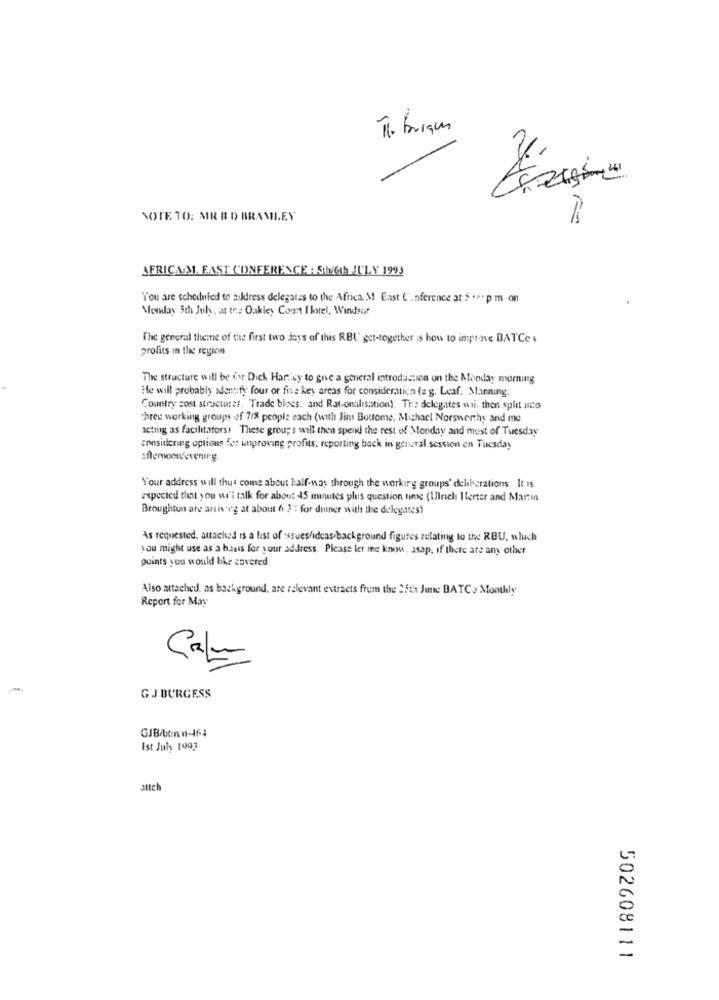
Th. Burgun
NOTE TO: MR B D BRAMILEY
AFRICAM, EAST CONFERENCE : 5th6th JULY 1993
You are scheduled to zukiress delegates to the Africa M East C.nference at $ .7 pm on
Monday 5th July. at the Oakley Court I lootel, Windsor
The general theme of the first two days of this RBL' get-together is how to improve BATCes
profits in the region
The structure will be for Dick Harticy to gne a general introduction on the Monday morning
He will probably adentify four or five key areas for consideration (eg. Leaf. Manning
Country sost structures. Trade blees: and Rat.omtilisation). Tr .: delegates wii. then split into
three working groups of 7/8 people each (with Jim Bouome, Michacl Norsworthy and me
acting as facilitators! These groups will then spend the rest of Monday and most of Tuesday
considering options for improving profits, reporting back in general session on Tuesday
Your address will thus come about half-way through the working groups' deliberations. It Is
expected that you wi'i talk for about 45 minutes plus question time (Ulrich Ilerter and Martin
Broughton are anisteg at about 6 3": for dinner with the delegates)
As requested. attached is a list of :ssues/ideas/background figures relating to the RBU, wluch
you might use as a basis for your address. Please let me know, asap, if there are any other
points you would like covered
Also attached. as background, are relevant extracts frem the 25th June BATCo Monthly
Report for May
Cala
GJ BURGESS
GJB/bonn-16.4
Ist July 1993
attch
502608111